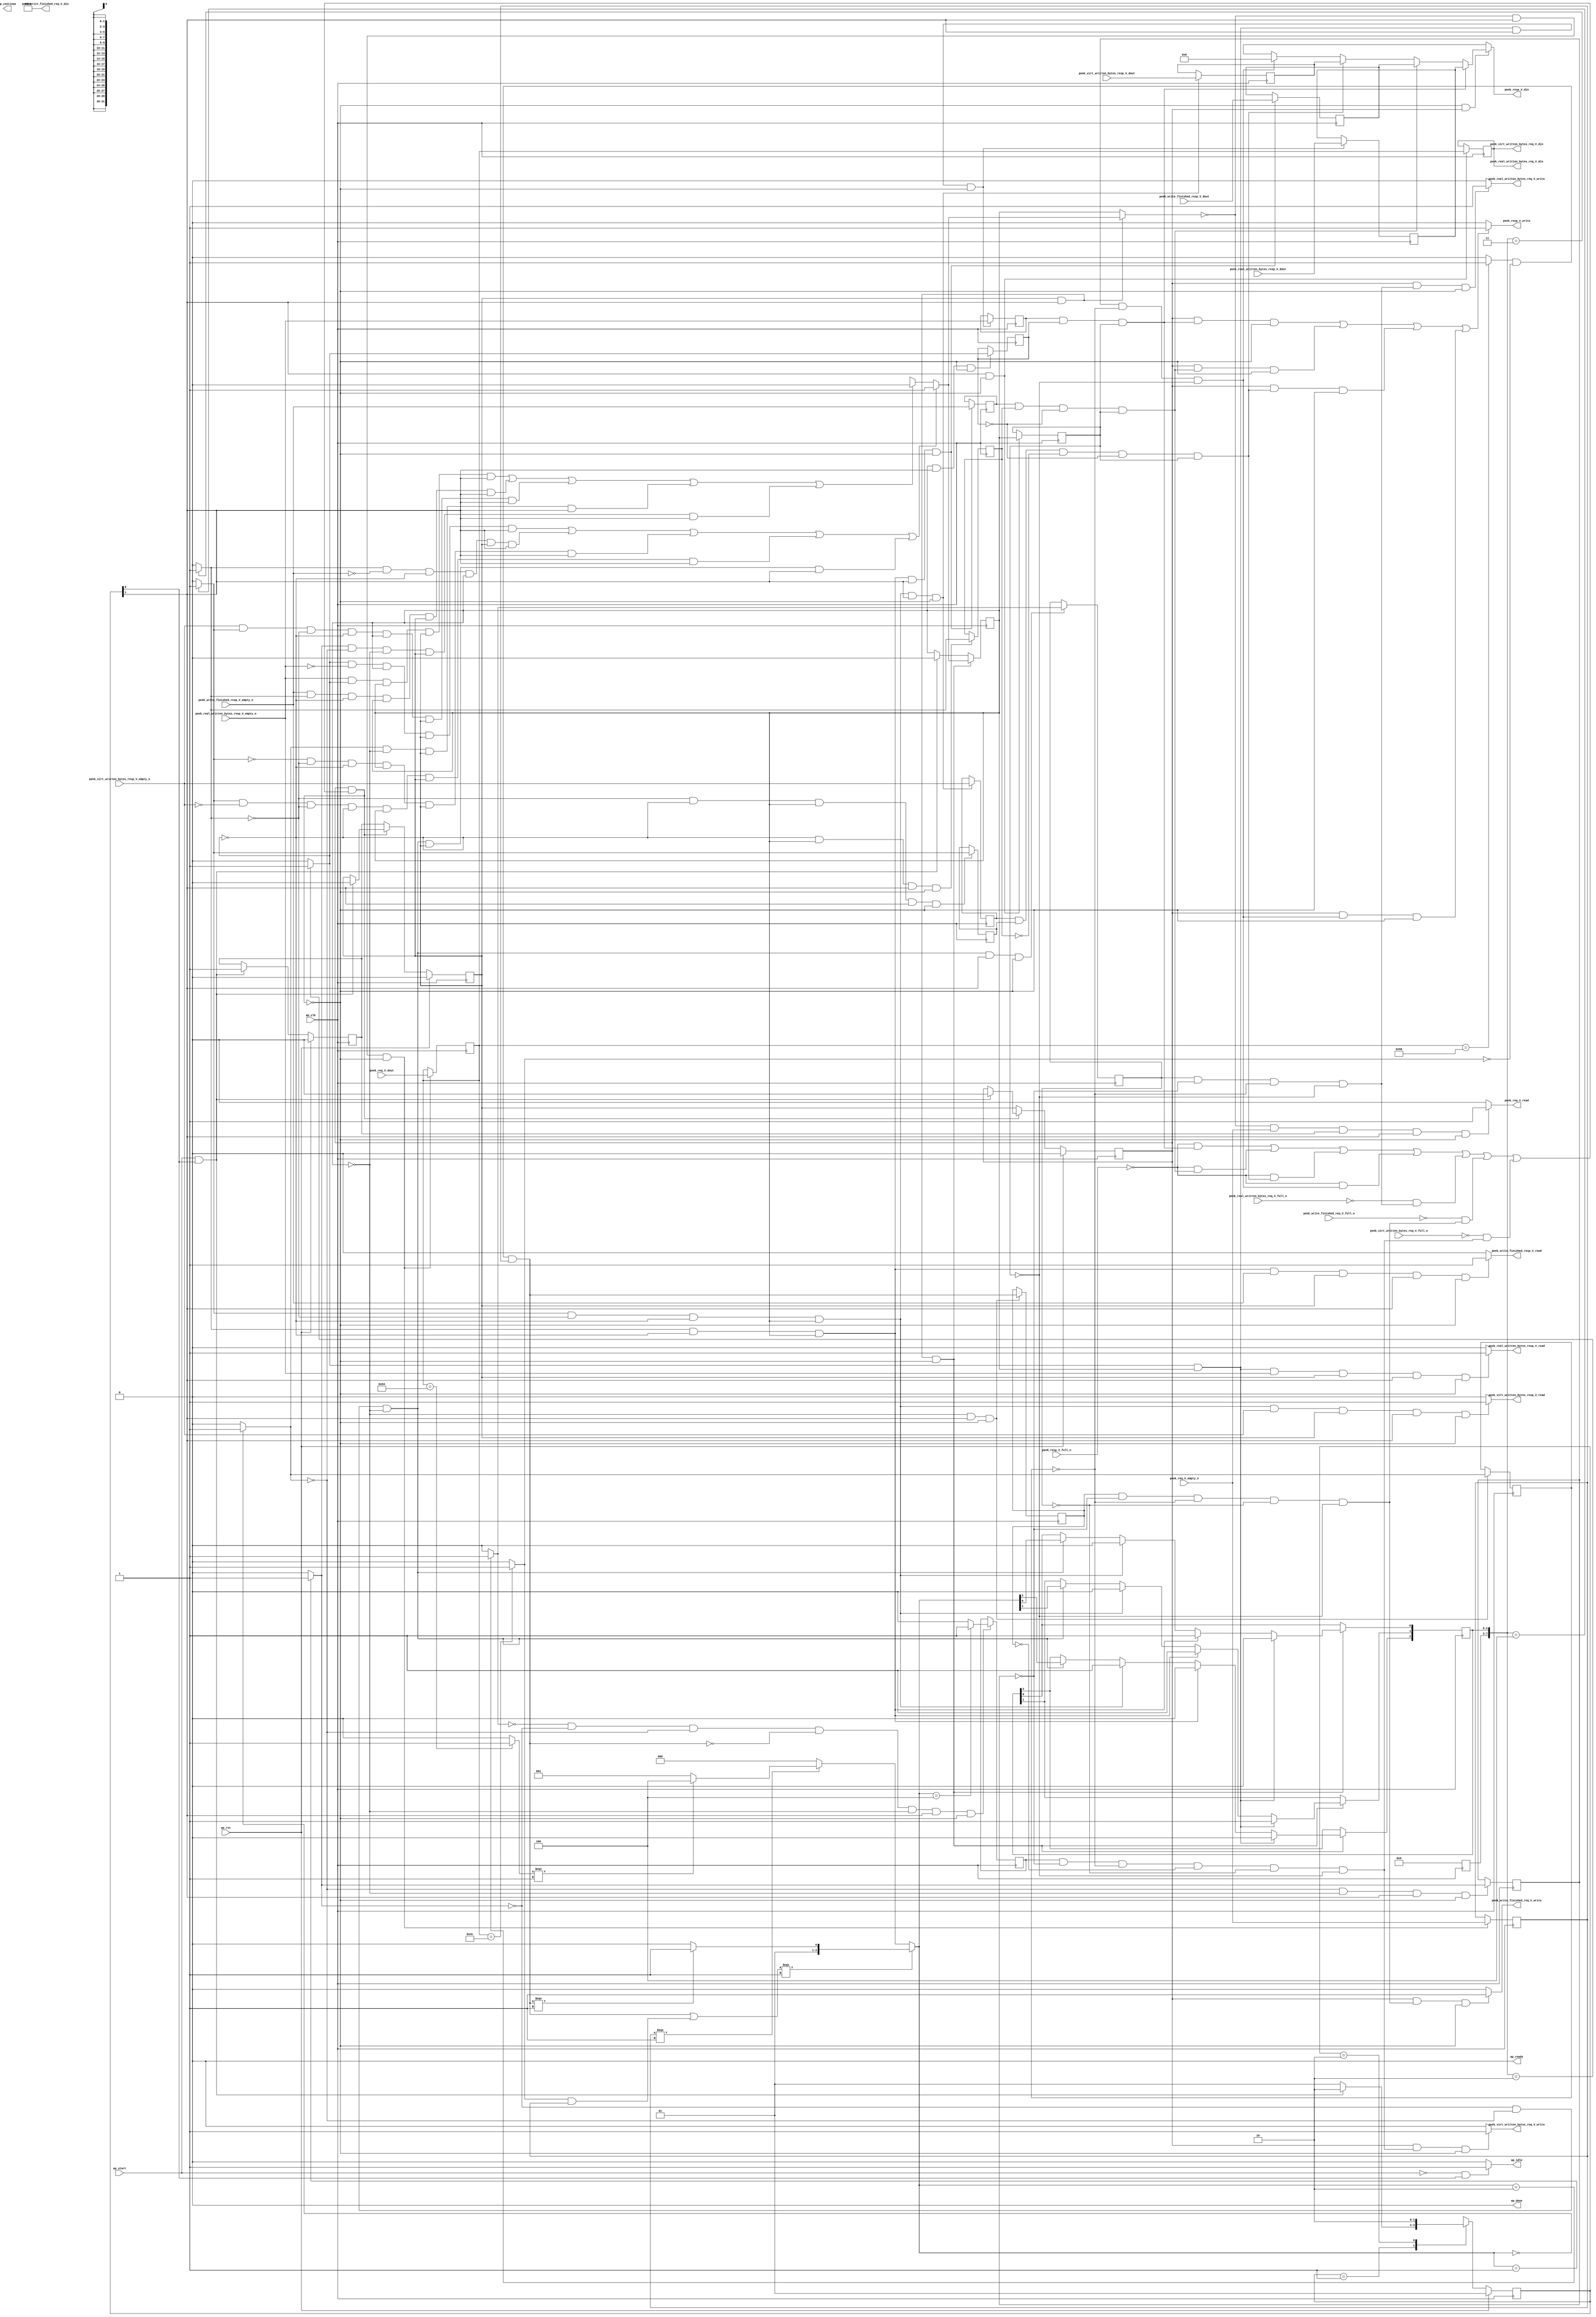
// ==============================================================
// RTL generated by Vivado(TM) HLS - High-Level Synthesis from C, C++ and SystemC
// Version: 2017.4.op
// Copyright (C) 1986-2018 Xilinx, Inc. All Rights Reserved.
// 
// ===========================================================

`timescale 1 ns / 1 ps 

(* CORE_GENERATION_INFO="peek_handler,hls_ip_2017_4_op,{HLS_INPUT_TYPE=cxx,HLS_INPUT_FLOAT=0,HLS_INPUT_FIXED=0,HLS_INPUT_PART=xcvu9p-flgb2104-2-i,HLS_INPUT_CLOCK=4.000000,HLS_INPUT_ARCH=others,HLS_SYN_CLOCK=2.714500,HLS_SYN_LAT=-1,HLS_SYN_TPT=none,HLS_SYN_MEM=0,HLS_SYN_DSP=0,HLS_SYN_FF=182,HLS_SYN_LUT=462}" *)

module peek_handler (
        ap_clk,
        ap_rst,
        ap_start,
        ap_done,
ap_continue,
        ap_idle,
        ap_ready,
        peek_req_V_dout,
        peek_req_V_empty_n,
        peek_req_V_read,
        peek_resp_V_din,
        peek_resp_V_full_n,
        peek_resp_V_write,
        peek_real_written_bytes_req_V_din,
        peek_real_written_bytes_req_V_full_n,
        peek_real_written_bytes_req_V_write,
        peek_real_written_bytes_resp_V_dout,
        peek_real_written_bytes_resp_V_empty_n,
        peek_real_written_bytes_resp_V_read,
        peek_write_finished_req_V_din,
        peek_write_finished_req_V_full_n,
        peek_write_finished_req_V_write,
        peek_write_finished_resp_V_dout,
        peek_write_finished_resp_V_empty_n,
        peek_write_finished_resp_V_read,
        peek_virt_written_bytes_req_V_din,
        peek_virt_written_bytes_req_V_full_n,
        peek_virt_written_bytes_req_V_write,
        peek_virt_written_bytes_resp_V_dout,
        peek_virt_written_bytes_resp_V_empty_n,
        peek_virt_written_bytes_resp_V_read
);

parameter    ap_ST_fsm_state1 = 2'd1;
parameter    ap_ST_fsm_pp0_stage0 = 2'd2;

input   ap_clk;
input   ap_rst;
input   ap_start;
output   ap_done;
output   ap_idle;
output ap_ready; output ap_continue;
input  [31:0] peek_req_V_dout;
input   peek_req_V_empty_n;
output   peek_req_V_read;
output  [31:0] peek_resp_V_din;
input   peek_resp_V_full_n;
output   peek_resp_V_write;
output  [31:0] peek_real_written_bytes_req_V_din;
input   peek_real_written_bytes_req_V_full_n;
output   peek_real_written_bytes_req_V_write;
input  [31:0] peek_real_written_bytes_resp_V_dout;
input   peek_real_written_bytes_resp_V_empty_n;
output   peek_real_written_bytes_resp_V_read;
output  [31:0] peek_write_finished_req_V_din;
input   peek_write_finished_req_V_full_n;
output   peek_write_finished_req_V_write;
input  [31:0] peek_write_finished_resp_V_dout;
input   peek_write_finished_resp_V_empty_n;
output   peek_write_finished_resp_V_read;
output  [31:0] peek_virt_written_bytes_req_V_din;
input   peek_virt_written_bytes_req_V_full_n;
output   peek_virt_written_bytes_req_V_write;
input  [31:0] peek_virt_written_bytes_resp_V_dout;
input   peek_virt_written_bytes_resp_V_empty_n;
output   peek_virt_written_bytes_resp_V_read;

reg ap_idle;
reg peek_req_V_read;
reg[31:0] peek_resp_V_din;
reg peek_resp_V_write;
reg peek_real_written_bytes_req_V_write;
reg peek_real_written_bytes_resp_V_read;
reg peek_write_finished_req_V_write;
reg peek_write_finished_resp_V_read;
reg peek_virt_written_bytes_req_V_write;
reg peek_virt_written_bytes_resp_V_read;

(* fsm_encoding = "none" *) reg   [1:0] ap_CS_fsm;
wire    ap_CS_fsm_state1;
reg    peek_resp_V_blk_n;
reg    ap_enable_reg_pp0_iter2;
wire    ap_block_pp0_stage0;
reg   [0:0] has_inflight_req_reg_230;
reg   [0:0] ap_reg_pp0_iter1_has_inflight_req_reg_230;
reg   [0:0] tmp_2_reg_483;
reg   [0:0] tmp_5_reg_487;
reg   [0:0] tmp_reg_499;
reg   [0:0] empty_n_1_reg_529;
reg   [0:0] tmp_3_reg_503;
reg   [0:0] empty_n_2_reg_520;
reg   [0:0] tmp_8_reg_507;
reg   [0:0] empty_n_3_reg_511;
reg    peek_real_written_bytes_req_V_blk_n;
reg   [0:0] tmp_10_reg_491;
reg    peek_write_finished_req_V_blk_n;
reg   [0:0] sel_tmp6_reg_479;
reg    peek_virt_written_bytes_req_V_blk_n;
reg   [0:0] tmp_12_reg_495;
wire    ap_CS_fsm_pp0_stage0;
wire    ap_block_state2_pp0_stage0_iter0;
wire    ap_block_state3_pp0_stage0_iter1;
reg    ap_predicate_op82_write_state4;
reg    ap_predicate_op85_write_state4;
reg    ap_predicate_op88_write_state4;
reg    ap_predicate_op90_write_state4;
reg    ap_predicate_op91_write_state4;
reg    ap_predicate_op92_write_state4;
reg    ap_predicate_op93_write_state4;
reg    ap_block_state4_pp0_stage0_iter2;
reg    ap_block_pp0_stage0_11001;
reg   [0:0] empty_n_reg_463;
reg   [0:0] ap_phi_mux_has_inflight_req_phi_fu_234_p4;
reg   [31:0] tmp_13_reg_470;
reg   [31:0] ap_reg_pp0_iter1_tmp_13_reg_470;
wire   [0:0] sel_tmp6_fu_334_p2;
wire   [0:0] tmp_2_fu_365_p2;
wire   [0:0] tmp_5_fu_371_p2;
wire   [0:0] tmp_10_fu_377_p2;
wire   [0:0] tmp_12_fu_383_p2;
wire   [0:0] tmp_fu_397_p2;
wire   [0:0] tmp_3_fu_403_p2;
wire   [0:0] tmp_8_fu_409_p2;
wire   [0:0] empty_n_3_fu_415_p1;
reg   [31:0] tmp_14_reg_515;
wire   [0:0] empty_n_2_fu_428_p1;
reg   [31:0] tmp_11_reg_524;
wire   [0:0] empty_n_1_fu_441_p1;
reg   [31:0] tmp_7_reg_533;
reg    ap_enable_reg_pp0_iter0;
reg    ap_enable_reg_pp0_iter1;
reg    ap_block_pp0_stage0_subdone;
reg   [0:0] ap_phi_mux_has_inflight_req_9_phi_fu_246_p20;
wire   [0:0] ap_phi_reg_pp0_iter1_has_inflight_req_9_reg_242;
reg    ap_block_pp0_stage0_01001;
reg   [7:0] inflight_req_state_s_fu_172;
wire   [7:0] inflight_req_state_cast_fu_361_p1;
wire   [0:0] tmp_s_fu_297_p2;
wire   [2:0] state_fu_302_p3;
wire   [0:0] tmp_4_fu_287_p2;
wire   [0:0] tmp_9_fu_292_p2;
wire   [0:0] sel_tmp4_fu_322_p2;
wire   [0:0] tmp8_fu_328_p2;
wire   [0:0] sel_tmp2_fu_317_p2;
wire   [0:0] tmp_1_fu_347_p2;
wire   [2:0] sel_tmp3_cast_fu_339_p3;
wire   [2:0] sel_tmp1_fu_310_p3;
wire   [2:0] inflight_req_state_fu_353_p3;
reg   [1:0] ap_NS_fsm;
reg    ap_idle_pp0;
wire    ap_enable_pp0;
reg    ap_condition_190;
reg    ap_condition_211;
reg    ap_condition_217;
reg    ap_condition_237;

// power-on initialization
initial begin
#0 ap_CS_fsm = 2'd1;
#0 ap_enable_reg_pp0_iter2 = 1'b0;
#0 ap_enable_reg_pp0_iter0 = 1'b0;
#0 ap_enable_reg_pp0_iter1 = 1'b0;
end

always @ (posedge ap_clk) begin
    if (ap_rst == 1'b1) begin
        ap_CS_fsm <= ap_ST_fsm_state1;
    end else begin
        ap_CS_fsm <= ap_NS_fsm;
    end
end

always @ (posedge ap_clk) begin
    if (ap_rst == 1'b1) begin
        ap_enable_reg_pp0_iter0 <= 1'b0;
    end else begin
        if (((ap_start == 1'b1) & (1'b1 == ap_CS_fsm_state1))) begin
            ap_enable_reg_pp0_iter0 <= 1'b1;
        end
    end
end

always @ (posedge ap_clk) begin
    if (ap_rst == 1'b1) begin
        ap_enable_reg_pp0_iter1 <= 1'b0;
    end else begin
        if ((1'b0 == ap_block_pp0_stage0_subdone)) begin
            ap_enable_reg_pp0_iter1 <= ap_enable_reg_pp0_iter0;
        end else if (((ap_start == 1'b1) & (1'b1 == ap_CS_fsm_state1))) begin
            ap_enable_reg_pp0_iter1 <= 1'b0;
        end
    end
end

always @ (posedge ap_clk) begin
    if (ap_rst == 1'b1) begin
        ap_enable_reg_pp0_iter2 <= 1'b0;
    end else begin
        if ((1'b0 == ap_block_pp0_stage0_subdone)) begin
            ap_enable_reg_pp0_iter2 <= ap_enable_reg_pp0_iter1;
        end else if (((ap_start == 1'b1) & (1'b1 == ap_CS_fsm_state1))) begin
            ap_enable_reg_pp0_iter2 <= 1'b0;
        end
    end
end

always @ (posedge ap_clk) begin
    if (((ap_enable_reg_pp0_iter1 == 1'b1) & (1'b1 == ap_CS_fsm_pp0_stage0) & (1'b0 == ap_block_pp0_stage0_11001))) begin
        has_inflight_req_reg_230 <= ap_phi_mux_has_inflight_req_9_phi_fu_246_p20;
    end else if (((ap_start == 1'b1) & (1'b1 == ap_CS_fsm_state1))) begin
        has_inflight_req_reg_230 <= 1'd0;
    end
end

always @ (posedge ap_clk) begin
    if ((1'b1 == ap_condition_237)) begin
        if (((tmp_fu_397_p2 == 1'd1) & (has_inflight_req_reg_230 == 1'd1))) begin
                        inflight_req_state_s_fu_172[0] <= 1'b0;
            inflight_req_state_s_fu_172[1] <= 1'b1;
            inflight_req_state_s_fu_172[2] <= 1'b0;
        end else if ((1'b1 == ap_condition_217)) begin
                        inflight_req_state_s_fu_172[0] <= 1'b1;
            inflight_req_state_s_fu_172[1] <= 1'b1;
            inflight_req_state_s_fu_172[2] <= 1'b0;
        end else if ((1'b1 == ap_condition_211)) begin
                        inflight_req_state_s_fu_172[0] <= 1'b0;
            inflight_req_state_s_fu_172[1] <= 1'b0;
            inflight_req_state_s_fu_172[2] <= 1'b1;
        end else if ((1'b1 == ap_condition_190)) begin
                        inflight_req_state_s_fu_172[2 : 0] <= inflight_req_state_cast_fu_361_p1[2 : 0];
        end
    end
end

always @ (posedge ap_clk) begin
    if (((1'b1 == ap_CS_fsm_pp0_stage0) & (1'b0 == ap_block_pp0_stage0_11001))) begin
        ap_reg_pp0_iter1_has_inflight_req_reg_230 <= has_inflight_req_reg_230;
        ap_reg_pp0_iter1_tmp_13_reg_470 <= tmp_13_reg_470;
    end
end

always @ (posedge ap_clk) begin
    if (((tmp_fu_397_p2 == 1'd1) & (has_inflight_req_reg_230 == 1'd1) & (1'b1 == ap_CS_fsm_pp0_stage0) & (1'b0 == ap_block_pp0_stage0_11001))) begin
        empty_n_1_reg_529 <= peek_real_written_bytes_resp_V_empty_n;
        tmp_7_reg_533 <= peek_real_written_bytes_resp_V_dout;
    end
end

always @ (posedge ap_clk) begin
    if (((tmp_3_fu_403_p2 == 1'd1) & (tmp_fu_397_p2 == 1'd0) & (has_inflight_req_reg_230 == 1'd1) & (1'b1 == ap_CS_fsm_pp0_stage0) & (1'b0 == ap_block_pp0_stage0_11001))) begin
        empty_n_2_reg_520 <= peek_write_finished_resp_V_empty_n;
        tmp_11_reg_524 <= peek_write_finished_resp_V_dout;
    end
end

always @ (posedge ap_clk) begin
    if (((tmp_8_fu_409_p2 == 1'd1) & (tmp_3_fu_403_p2 == 1'd0) & (tmp_fu_397_p2 == 1'd0) & (has_inflight_req_reg_230 == 1'd1) & (1'b1 == ap_CS_fsm_pp0_stage0) & (1'b0 == ap_block_pp0_stage0_11001))) begin
        empty_n_3_reg_511 <= peek_virt_written_bytes_resp_V_empty_n;
        tmp_14_reg_515 <= peek_virt_written_bytes_resp_V_dout;
    end
end

always @ (posedge ap_clk) begin
    if (((ap_phi_mux_has_inflight_req_phi_fu_234_p4 == 1'd0) & (1'b1 == ap_CS_fsm_pp0_stage0) & (1'b0 == ap_block_pp0_stage0_11001))) begin
        empty_n_reg_463 <= peek_req_V_empty_n;
        tmp_13_reg_470 <= peek_req_V_dout;
    end
end

always @ (posedge ap_clk) begin
    if (((has_inflight_req_reg_230 == 1'd0) & (1'b1 == ap_CS_fsm_pp0_stage0) & (1'b0 == ap_block_pp0_stage0_11001))) begin
        sel_tmp6_reg_479 <= sel_tmp6_fu_334_p2;
        tmp_2_reg_483 <= tmp_2_fu_365_p2;
    end
end

always @ (posedge ap_clk) begin
    if (((tmp_5_fu_371_p2 == 1'd0) & (tmp_2_fu_365_p2 == 1'd0) & (has_inflight_req_reg_230 == 1'd0) & (1'b1 == ap_CS_fsm_pp0_stage0) & (1'b0 == ap_block_pp0_stage0_11001))) begin
        tmp_10_reg_491 <= tmp_10_fu_377_p2;
    end
end

always @ (posedge ap_clk) begin
    if (((tmp_10_fu_377_p2 == 1'd0) & (tmp_5_fu_371_p2 == 1'd0) & (tmp_2_fu_365_p2 == 1'd0) & (sel_tmp6_fu_334_p2 == 1'd0) & (has_inflight_req_reg_230 == 1'd0) & (1'b1 == ap_CS_fsm_pp0_stage0) & (1'b0 == ap_block_pp0_stage0_11001))) begin
        tmp_12_reg_495 <= tmp_12_fu_383_p2;
    end
end

always @ (posedge ap_clk) begin
    if (((tmp_fu_397_p2 == 1'd0) & (has_inflight_req_reg_230 == 1'd1) & (1'b1 == ap_CS_fsm_pp0_stage0) & (1'b0 == ap_block_pp0_stage0_11001))) begin
        tmp_3_reg_503 <= tmp_3_fu_403_p2;
    end
end

always @ (posedge ap_clk) begin
    if (((tmp_2_fu_365_p2 == 1'd0) & (has_inflight_req_reg_230 == 1'd0) & (1'b1 == ap_CS_fsm_pp0_stage0) & (1'b0 == ap_block_pp0_stage0_11001))) begin
        tmp_5_reg_487 <= tmp_5_fu_371_p2;
    end
end

always @ (posedge ap_clk) begin
    if (((tmp_3_fu_403_p2 == 1'd0) & (tmp_fu_397_p2 == 1'd0) & (has_inflight_req_reg_230 == 1'd1) & (1'b1 == ap_CS_fsm_pp0_stage0) & (1'b0 == ap_block_pp0_stage0_11001))) begin
        tmp_8_reg_507 <= tmp_8_fu_409_p2;
    end
end

always @ (posedge ap_clk) begin
    if (((has_inflight_req_reg_230 == 1'd1) & (1'b1 == ap_CS_fsm_pp0_stage0) & (1'b0 == ap_block_pp0_stage0_11001))) begin
        tmp_reg_499 <= tmp_fu_397_p2;
    end
end

always @ (*) begin
    if (((ap_start == 1'b0) & (1'b1 == ap_CS_fsm_state1))) begin
        ap_idle = 1'b1;
    end else begin
        ap_idle = 1'b0;
    end
end

always @ (*) begin
    if (((ap_enable_reg_pp0_iter2 == 1'b0) & (ap_enable_reg_pp0_iter1 == 1'b0) & (ap_enable_reg_pp0_iter0 == 1'b0))) begin
        ap_idle_pp0 = 1'b1;
    end else begin
        ap_idle_pp0 = 1'b0;
    end
end

always @ (*) begin
    if ((((tmp_fu_397_p2 == 1'd1) & (empty_n_1_fu_441_p1 == 1'd0) & (has_inflight_req_reg_230 == 1'd1) & (1'b0 == ap_block_pp0_stage0) & (ap_enable_reg_pp0_iter1 == 1'b1) & (1'b1 == ap_CS_fsm_pp0_stage0)) | ((tmp_3_fu_403_p2 == 1'd1) & (empty_n_2_fu_428_p1 == 1'd0) & (tmp_fu_397_p2 == 1'd0) & (has_inflight_req_reg_230 == 1'd1) & (1'b0 == ap_block_pp0_stage0) & (ap_enable_reg_pp0_iter1 == 1'b1) & (1'b1 == ap_CS_fsm_pp0_stage0)) | ((tmp_8_fu_409_p2 == 1'd0) & (tmp_3_fu_403_p2 == 1'd0) & (tmp_fu_397_p2 == 1'd0) & (has_inflight_req_reg_230 == 1'd1) & (1'b0 == ap_block_pp0_stage0) & (ap_enable_reg_pp0_iter1 == 1'b1) & (1'b1 == ap_CS_fsm_pp0_stage0)) | ((tmp_8_fu_409_p2 == 1'd1) & (empty_n_3_fu_415_p1 == 1'd0) & (tmp_3_fu_403_p2 == 1'd0) & (tmp_fu_397_p2 == 1'd0) & (has_inflight_req_reg_230 == 1'd1) & (1'b0 == ap_block_pp0_stage0) & (ap_enable_reg_pp0_iter1 == 1'b1) & (1'b1 == ap_CS_fsm_pp0_stage0)) | ((tmp_5_fu_371_p2 == 1'd0) & (tmp_2_fu_365_p2 == 1'd0) & (has_inflight_req_reg_230 == 1'd0) & (1'b0 == ap_block_pp0_stage0) & (ap_enable_reg_pp0_iter1 == 1'b1) & (1'b1 == ap_CS_fsm_pp0_stage0)))) begin
        ap_phi_mux_has_inflight_req_9_phi_fu_246_p20 = 1'd1;
    end else if ((((empty_n_1_fu_441_p1 == 1'd1) & (tmp_fu_397_p2 == 1'd1) & (has_inflight_req_reg_230 == 1'd1) & (1'b0 == ap_block_pp0_stage0) & (ap_enable_reg_pp0_iter1 == 1'b1) & (1'b1 == ap_CS_fsm_pp0_stage0)) | ((empty_n_2_fu_428_p1 == 1'd1) & (tmp_3_fu_403_p2 == 1'd1) & (tmp_fu_397_p2 == 1'd0) & (has_inflight_req_reg_230 == 1'd1) & (1'b0 == ap_block_pp0_stage0) & (ap_enable_reg_pp0_iter1 == 1'b1) & (1'b1 == ap_CS_fsm_pp0_stage0)) | ((empty_n_3_fu_415_p1 == 1'd1) & (tmp_8_fu_409_p2 == 1'd1) & (tmp_3_fu_403_p2 == 1'd0) & (tmp_fu_397_p2 == 1'd0) & (has_inflight_req_reg_230 == 1'd1) & (1'b0 == ap_block_pp0_stage0) & (ap_enable_reg_pp0_iter1 == 1'b1) & (1'b1 == ap_CS_fsm_pp0_stage0)) | ((tmp_2_fu_365_p2 == 1'd1) & (has_inflight_req_reg_230 == 1'd0) & (1'b0 == ap_block_pp0_stage0) & (ap_enable_reg_pp0_iter1 == 1'b1) & (1'b1 == ap_CS_fsm_pp0_stage0)) | ((tmp_5_fu_371_p2 == 1'd1) & (tmp_2_fu_365_p2 == 1'd0) & (has_inflight_req_reg_230 == 1'd0) & (1'b0 == ap_block_pp0_stage0) & (ap_enable_reg_pp0_iter1 == 1'b1) & (1'b1 == ap_CS_fsm_pp0_stage0)))) begin
        ap_phi_mux_has_inflight_req_9_phi_fu_246_p20 = 1'd0;
    end else begin
        ap_phi_mux_has_inflight_req_9_phi_fu_246_p20 = ap_phi_reg_pp0_iter1_has_inflight_req_9_reg_242;
    end
end

always @ (*) begin
    if (((1'b0 == ap_block_pp0_stage0) & (ap_enable_reg_pp0_iter1 == 1'b1) & (1'b1 == ap_CS_fsm_pp0_stage0))) begin
        ap_phi_mux_has_inflight_req_phi_fu_234_p4 = ap_phi_mux_has_inflight_req_9_phi_fu_246_p20;
    end else begin
        ap_phi_mux_has_inflight_req_phi_fu_234_p4 = has_inflight_req_reg_230;
    end
end

always @ (*) begin
    if (((tmp_10_reg_491 == 1'd1) & (tmp_5_reg_487 == 1'd0) & (tmp_2_reg_483 == 1'd0) & (ap_reg_pp0_iter1_has_inflight_req_reg_230 == 1'd0) & (1'b0 == ap_block_pp0_stage0) & (ap_enable_reg_pp0_iter2 == 1'b1))) begin
        peek_real_written_bytes_req_V_blk_n = peek_real_written_bytes_req_V_full_n;
    end else begin
        peek_real_written_bytes_req_V_blk_n = 1'b1;
    end
end

always @ (*) begin
    if (((ap_enable_reg_pp0_iter2 == 1'b1) & (ap_predicate_op88_write_state4 == 1'b1) & (1'b0 == ap_block_pp0_stage0_11001))) begin
        peek_real_written_bytes_req_V_write = 1'b1;
    end else begin
        peek_real_written_bytes_req_V_write = 1'b0;
    end
end

always @ (*) begin
    if (((tmp_fu_397_p2 == 1'd1) & (has_inflight_req_reg_230 == 1'd1) & (peek_real_written_bytes_resp_V_empty_n == 1'b1) & (ap_enable_reg_pp0_iter1 == 1'b1) & (1'b1 == ap_CS_fsm_pp0_stage0) & (1'b0 == ap_block_pp0_stage0_11001))) begin
        peek_real_written_bytes_resp_V_read = 1'b1;
    end else begin
        peek_real_written_bytes_resp_V_read = 1'b0;
    end
end

always @ (*) begin
    if (((ap_phi_mux_has_inflight_req_phi_fu_234_p4 == 1'd0) & (peek_req_V_empty_n == 1'b1) & (ap_enable_reg_pp0_iter0 == 1'b1) & (1'b1 == ap_CS_fsm_pp0_stage0) & (1'b0 == ap_block_pp0_stage0_11001))) begin
        peek_req_V_read = 1'b1;
    end else begin
        peek_req_V_read = 1'b0;
    end
end

always @ (*) begin
    if ((((empty_n_3_reg_511 == 1'd1) & (tmp_8_reg_507 == 1'd1) & (tmp_3_reg_503 == 1'd0) & (tmp_reg_499 == 1'd0) & (ap_reg_pp0_iter1_has_inflight_req_reg_230 == 1'd1) & (1'b0 == ap_block_pp0_stage0) & (ap_enable_reg_pp0_iter2 == 1'b1)) | ((empty_n_2_reg_520 == 1'd1) & (tmp_3_reg_503 == 1'd1) & (tmp_reg_499 == 1'd0) & (ap_reg_pp0_iter1_has_inflight_req_reg_230 == 1'd1) & (1'b0 == ap_block_pp0_stage0) & (ap_enable_reg_pp0_iter2 == 1'b1)) | ((empty_n_1_reg_529 == 1'd1) & (tmp_reg_499 == 1'd1) & (ap_reg_pp0_iter1_has_inflight_req_reg_230 == 1'd1) & (1'b0 == ap_block_pp0_stage0) & (ap_enable_reg_pp0_iter2 == 1'b1)) | ((tmp_5_reg_487 == 1'd1) & (tmp_2_reg_483 == 1'd0) & (ap_reg_pp0_iter1_has_inflight_req_reg_230 == 1'd0) & (1'b0 == ap_block_pp0_stage0) & (ap_enable_reg_pp0_iter2 == 1'b1)))) begin
        peek_resp_V_blk_n = peek_resp_V_full_n;
    end else begin
        peek_resp_V_blk_n = 1'b1;
    end
end

always @ (*) begin
    if (((1'b0 == ap_block_pp0_stage0_01001) & (ap_enable_reg_pp0_iter2 == 1'b1))) begin
        if ((ap_predicate_op93_write_state4 == 1'b1)) begin
            peek_resp_V_din = tmp_7_reg_533;
        end else if ((ap_predicate_op92_write_state4 == 1'b1)) begin
            peek_resp_V_din = tmp_11_reg_524;
        end else if ((ap_predicate_op91_write_state4 == 1'b1)) begin
            peek_resp_V_din = tmp_14_reg_515;
        end else if ((ap_predicate_op90_write_state4 == 1'b1)) begin
            peek_resp_V_din = 32'd0;
        end else begin
            peek_resp_V_din = 'bx;
        end
    end else begin
        peek_resp_V_din = 'bx;
    end
end

always @ (*) begin
    if ((((ap_enable_reg_pp0_iter2 == 1'b1) & (ap_predicate_op93_write_state4 == 1'b1) & (1'b0 == ap_block_pp0_stage0_11001)) | ((ap_enable_reg_pp0_iter2 == 1'b1) & (ap_predicate_op92_write_state4 == 1'b1) & (1'b0 == ap_block_pp0_stage0_11001)) | ((ap_enable_reg_pp0_iter2 == 1'b1) & (ap_predicate_op91_write_state4 == 1'b1) & (1'b0 == ap_block_pp0_stage0_11001)) | ((ap_enable_reg_pp0_iter2 == 1'b1) & (ap_predicate_op90_write_state4 == 1'b1) & (1'b0 == ap_block_pp0_stage0_11001)))) begin
        peek_resp_V_write = 1'b1;
    end else begin
        peek_resp_V_write = 1'b0;
    end
end

always @ (*) begin
    if (((tmp_12_reg_495 == 1'd1) & (tmp_5_reg_487 == 1'd0) & (tmp_2_reg_483 == 1'd0) & (sel_tmp6_reg_479 == 1'd0) & (tmp_10_reg_491 == 1'd0) & (ap_reg_pp0_iter1_has_inflight_req_reg_230 == 1'd0) & (1'b0 == ap_block_pp0_stage0) & (ap_enable_reg_pp0_iter2 == 1'b1))) begin
        peek_virt_written_bytes_req_V_blk_n = peek_virt_written_bytes_req_V_full_n;
    end else begin
        peek_virt_written_bytes_req_V_blk_n = 1'b1;
    end
end

always @ (*) begin
    if (((ap_enable_reg_pp0_iter2 == 1'b1) & (ap_predicate_op82_write_state4 == 1'b1) & (1'b0 == ap_block_pp0_stage0_11001))) begin
        peek_virt_written_bytes_req_V_write = 1'b1;
    end else begin
        peek_virt_written_bytes_req_V_write = 1'b0;
    end
end

always @ (*) begin
    if (((tmp_8_fu_409_p2 == 1'd1) & (tmp_3_fu_403_p2 == 1'd0) & (tmp_fu_397_p2 == 1'd0) & (has_inflight_req_reg_230 == 1'd1) & (peek_virt_written_bytes_resp_V_empty_n == 1'b1) & (ap_enable_reg_pp0_iter1 == 1'b1) & (1'b1 == ap_CS_fsm_pp0_stage0) & (1'b0 == ap_block_pp0_stage0_11001))) begin
        peek_virt_written_bytes_resp_V_read = 1'b1;
    end else begin
        peek_virt_written_bytes_resp_V_read = 1'b0;
    end
end

always @ (*) begin
    if (((sel_tmp6_reg_479 == 1'd1) & (tmp_5_reg_487 == 1'd0) & (tmp_2_reg_483 == 1'd0) & (tmp_10_reg_491 == 1'd0) & (ap_reg_pp0_iter1_has_inflight_req_reg_230 == 1'd0) & (1'b0 == ap_block_pp0_stage0) & (ap_enable_reg_pp0_iter2 == 1'b1))) begin
        peek_write_finished_req_V_blk_n = peek_write_finished_req_V_full_n;
    end else begin
        peek_write_finished_req_V_blk_n = 1'b1;
    end
end

always @ (*) begin
    if (((ap_enable_reg_pp0_iter2 == 1'b1) & (ap_predicate_op85_write_state4 == 1'b1) & (1'b0 == ap_block_pp0_stage0_11001))) begin
        peek_write_finished_req_V_write = 1'b1;
    end else begin
        peek_write_finished_req_V_write = 1'b0;
    end
end

always @ (*) begin
    if (((tmp_3_fu_403_p2 == 1'd1) & (tmp_fu_397_p2 == 1'd0) & (has_inflight_req_reg_230 == 1'd1) & (peek_write_finished_resp_V_empty_n == 1'b1) & (ap_enable_reg_pp0_iter1 == 1'b1) & (1'b1 == ap_CS_fsm_pp0_stage0) & (1'b0 == ap_block_pp0_stage0_11001))) begin
        peek_write_finished_resp_V_read = 1'b1;
    end else begin
        peek_write_finished_resp_V_read = 1'b0;
    end
end

always @ (*) begin
    case (ap_CS_fsm)
        ap_ST_fsm_state1 : begin
            if (((ap_start == 1'b1) & (1'b1 == ap_CS_fsm_state1))) begin
                ap_NS_fsm = ap_ST_fsm_pp0_stage0;
            end else begin
                ap_NS_fsm = ap_ST_fsm_state1;
            end
        end
        ap_ST_fsm_pp0_stage0 : begin
            ap_NS_fsm = ap_ST_fsm_pp0_stage0;
        end
        default : begin
            ap_NS_fsm = 'bx;
        end
    endcase
end

assign ap_CS_fsm_pp0_stage0 = ap_CS_fsm[32'd1];

assign ap_CS_fsm_state1 = ap_CS_fsm[32'd0];

assign ap_block_pp0_stage0 = ~(1'b1 == 1'b1);

always @ (*) begin
    ap_block_pp0_stage0_01001 = ((ap_enable_reg_pp0_iter2 == 1'b1) & (((peek_resp_V_full_n == 1'b0) & (ap_predicate_op93_write_state4 == 1'b1)) | ((peek_resp_V_full_n == 1'b0) & (ap_predicate_op92_write_state4 == 1'b1)) | ((peek_resp_V_full_n == 1'b0) & (ap_predicate_op91_write_state4 == 1'b1)) | ((peek_resp_V_full_n == 1'b0) & (ap_predicate_op90_write_state4 == 1'b1)) | ((peek_real_written_bytes_req_V_full_n == 1'b0) & (ap_predicate_op88_write_state4 == 1'b1)) | ((peek_write_finished_req_V_full_n == 1'b0) & (ap_predicate_op85_write_state4 == 1'b1)) | ((peek_virt_written_bytes_req_V_full_n == 1'b0) & (ap_predicate_op82_write_state4 == 1'b1))));
end

always @ (*) begin
    ap_block_pp0_stage0_11001 = ((ap_enable_reg_pp0_iter2 == 1'b1) & (((peek_resp_V_full_n == 1'b0) & (ap_predicate_op93_write_state4 == 1'b1)) | ((peek_resp_V_full_n == 1'b0) & (ap_predicate_op92_write_state4 == 1'b1)) | ((peek_resp_V_full_n == 1'b0) & (ap_predicate_op91_write_state4 == 1'b1)) | ((peek_resp_V_full_n == 1'b0) & (ap_predicate_op90_write_state4 == 1'b1)) | ((peek_real_written_bytes_req_V_full_n == 1'b0) & (ap_predicate_op88_write_state4 == 1'b1)) | ((peek_write_finished_req_V_full_n == 1'b0) & (ap_predicate_op85_write_state4 == 1'b1)) | ((peek_virt_written_bytes_req_V_full_n == 1'b0) & (ap_predicate_op82_write_state4 == 1'b1))));
end

always @ (*) begin
    ap_block_pp0_stage0_subdone = ((ap_enable_reg_pp0_iter2 == 1'b1) & (((peek_resp_V_full_n == 1'b0) & (ap_predicate_op93_write_state4 == 1'b1)) | ((peek_resp_V_full_n == 1'b0) & (ap_predicate_op92_write_state4 == 1'b1)) | ((peek_resp_V_full_n == 1'b0) & (ap_predicate_op91_write_state4 == 1'b1)) | ((peek_resp_V_full_n == 1'b0) & (ap_predicate_op90_write_state4 == 1'b1)) | ((peek_real_written_bytes_req_V_full_n == 1'b0) & (ap_predicate_op88_write_state4 == 1'b1)) | ((peek_write_finished_req_V_full_n == 1'b0) & (ap_predicate_op85_write_state4 == 1'b1)) | ((peek_virt_written_bytes_req_V_full_n == 1'b0) & (ap_predicate_op82_write_state4 == 1'b1))));
end

assign ap_block_state2_pp0_stage0_iter0 = ~(1'b1 == 1'b1);

assign ap_block_state3_pp0_stage0_iter1 = ~(1'b1 == 1'b1);

always @ (*) begin
    ap_block_state4_pp0_stage0_iter2 = (((peek_resp_V_full_n == 1'b0) & (ap_predicate_op93_write_state4 == 1'b1)) | ((peek_resp_V_full_n == 1'b0) & (ap_predicate_op92_write_state4 == 1'b1)) | ((peek_resp_V_full_n == 1'b0) & (ap_predicate_op91_write_state4 == 1'b1)) | ((peek_resp_V_full_n == 1'b0) & (ap_predicate_op90_write_state4 == 1'b1)) | ((peek_real_written_bytes_req_V_full_n == 1'b0) & (ap_predicate_op88_write_state4 == 1'b1)) | ((peek_write_finished_req_V_full_n == 1'b0) & (ap_predicate_op85_write_state4 == 1'b1)) | ((peek_virt_written_bytes_req_V_full_n == 1'b0) & (ap_predicate_op82_write_state4 == 1'b1)));
end

always @ (*) begin
    ap_condition_190 = ((tmp_5_fu_371_p2 == 1'd0) & (tmp_2_fu_365_p2 == 1'd0) & (has_inflight_req_reg_230 == 1'd0));
end

always @ (*) begin
    ap_condition_211 = ((tmp_8_fu_409_p2 == 1'd1) & (tmp_3_fu_403_p2 == 1'd0) & (tmp_fu_397_p2 == 1'd0) & (has_inflight_req_reg_230 == 1'd1));
end

always @ (*) begin
    ap_condition_217 = ((tmp_3_fu_403_p2 == 1'd1) & (tmp_fu_397_p2 == 1'd0) & (has_inflight_req_reg_230 == 1'd1));
end

always @ (*) begin
    ap_condition_237 = ((ap_enable_reg_pp0_iter1 == 1'b1) & (1'b1 == ap_CS_fsm_pp0_stage0) & (1'b0 == ap_block_pp0_stage0_11001));
end

assign ap_done = 1'b0;

assign ap_enable_pp0 = (ap_idle_pp0 ^ 1'b1);

assign ap_phi_reg_pp0_iter1_has_inflight_req_9_reg_242 = 'bx;

always @ (*) begin
    ap_predicate_op82_write_state4 = ((tmp_12_reg_495 == 1'd1) & (tmp_5_reg_487 == 1'd0) & (tmp_2_reg_483 == 1'd0) & (sel_tmp6_reg_479 == 1'd0) & (tmp_10_reg_491 == 1'd0) & (ap_reg_pp0_iter1_has_inflight_req_reg_230 == 1'd0));
end

always @ (*) begin
    ap_predicate_op85_write_state4 = ((sel_tmp6_reg_479 == 1'd1) & (tmp_5_reg_487 == 1'd0) & (tmp_2_reg_483 == 1'd0) & (tmp_10_reg_491 == 1'd0) & (ap_reg_pp0_iter1_has_inflight_req_reg_230 == 1'd0));
end

always @ (*) begin
    ap_predicate_op88_write_state4 = ((tmp_10_reg_491 == 1'd1) & (tmp_5_reg_487 == 1'd0) & (tmp_2_reg_483 == 1'd0) & (ap_reg_pp0_iter1_has_inflight_req_reg_230 == 1'd0));
end

always @ (*) begin
    ap_predicate_op90_write_state4 = ((tmp_5_reg_487 == 1'd1) & (tmp_2_reg_483 == 1'd0) & (ap_reg_pp0_iter1_has_inflight_req_reg_230 == 1'd0));
end

always @ (*) begin
    ap_predicate_op91_write_state4 = ((empty_n_3_reg_511 == 1'd1) & (tmp_8_reg_507 == 1'd1) & (tmp_3_reg_503 == 1'd0) & (tmp_reg_499 == 1'd0) & (ap_reg_pp0_iter1_has_inflight_req_reg_230 == 1'd1));
end

always @ (*) begin
    ap_predicate_op92_write_state4 = ((empty_n_2_reg_520 == 1'd1) & (tmp_3_reg_503 == 1'd1) & (tmp_reg_499 == 1'd0) & (ap_reg_pp0_iter1_has_inflight_req_reg_230 == 1'd1));
end

always @ (*) begin
    ap_predicate_op93_write_state4 = ((empty_n_1_reg_529 == 1'd1) & (tmp_reg_499 == 1'd1) & (ap_reg_pp0_iter1_has_inflight_req_reg_230 == 1'd1));
end

assign ap_ready = 1'b0;

assign empty_n_1_fu_441_p1 = peek_real_written_bytes_resp_V_empty_n;

assign empty_n_2_fu_428_p1 = peek_write_finished_resp_V_empty_n;

assign empty_n_3_fu_415_p1 = peek_virt_written_bytes_resp_V_empty_n;

assign inflight_req_state_cast_fu_361_p1 = inflight_req_state_fu_353_p3;

assign inflight_req_state_fu_353_p3 = ((tmp_1_fu_347_p2[0:0] === 1'b1) ? sel_tmp3_cast_fu_339_p3 : sel_tmp1_fu_310_p3);

assign peek_real_written_bytes_req_V_din = ap_reg_pp0_iter1_tmp_13_reg_470;

assign peek_virt_written_bytes_req_V_din = ap_reg_pp0_iter1_tmp_13_reg_470;

assign peek_write_finished_req_V_din = 32'd80;

assign sel_tmp1_fu_310_p3 = ((empty_n_reg_463[0:0] === 1'b1) ? state_fu_302_p3 : 3'd0);

assign sel_tmp2_fu_317_p2 = (tmp_4_fu_287_p2 & empty_n_reg_463);

assign sel_tmp3_cast_fu_339_p3 = ((sel_tmp6_fu_334_p2[0:0] === 1'b1) ? 3'd3 : 3'd2);

assign sel_tmp4_fu_322_p2 = (tmp_4_fu_287_p2 ^ 1'd1);

assign sel_tmp6_fu_334_p2 = (tmp8_fu_328_p2 & empty_n_reg_463);

assign state_fu_302_p3 = ((tmp_s_fu_297_p2[0:0] === 1'b1) ? 3'd4 : 3'd1);

assign tmp8_fu_328_p2 = (tmp_9_fu_292_p2 & sel_tmp4_fu_322_p2);

assign tmp_10_fu_377_p2 = ((inflight_req_state_fu_353_p3 == 3'd2) ? 1'b1 : 1'b0);

assign tmp_12_fu_383_p2 = ((inflight_req_state_fu_353_p3 == 3'd4) ? 1'b1 : 1'b0);

assign tmp_1_fu_347_p2 = (sel_tmp6_fu_334_p2 | sel_tmp2_fu_317_p2);

assign tmp_2_fu_365_p2 = ((inflight_req_state_fu_353_p3 == 3'd0) ? 1'b1 : 1'b0);

assign tmp_3_fu_403_p2 = ((inflight_req_state_s_fu_172 == 8'd3) ? 1'b1 : 1'b0);

assign tmp_4_fu_287_p2 = ((tmp_13_reg_470 == 32'd76) ? 1'b1 : 1'b0);

assign tmp_5_fu_371_p2 = ((inflight_req_state_fu_353_p3 == 3'd1) ? 1'b1 : 1'b0);

assign tmp_8_fu_409_p2 = ((inflight_req_state_s_fu_172 == 8'd4) ? 1'b1 : 1'b0);

assign tmp_9_fu_292_p2 = ((tmp_13_reg_470 == 32'd80) ? 1'b1 : 1'b0);

assign tmp_fu_397_p2 = ((inflight_req_state_s_fu_172 == 8'd2) ? 1'b1 : 1'b0);

assign tmp_s_fu_297_p2 = ((tmp_13_reg_470 == 32'd84) ? 1'b1 : 1'b0);

always @ (posedge ap_clk) begin
    inflight_req_state_s_fu_172[7:3] <= 5'b00000;
end

endmodule //peek_handler